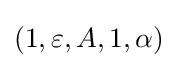
(1,\varepsilon ,A,1,\alpha )